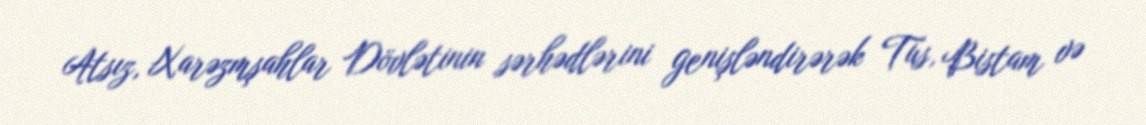
Atsız, Xarəzmşahlar Dövlətinin sərhədlərini genişləndirərək Tus, Bistam və